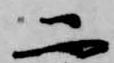
二